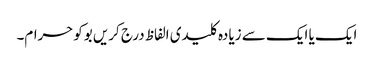
ایک یا ایک سے زیادہ کلیدی الفاظ درج کریں بوکوحرام۔